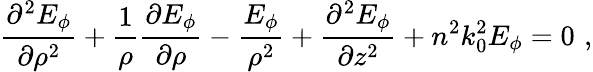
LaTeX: \frac{\partial^{2}E_{\phi}}{\partial\rho^{2}}+\frac{1}{\rho}\frac{\partial E_{\phi}}{\partial\rho}-\frac{E_{\phi}}{\rho^{2}}+\frac{\partial^{2}E_{\phi}}{\partial z^{2}}+n^{2}k_{0}^{2}E_{\phi}=0\, \, ,